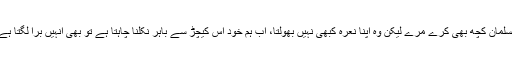
مسلمان کچھ بھی کرے مرے لیکن وہ اپنا نعرہ کبھی نہیں بھولتا، اب ہم خود اس کیچڑ سے باہر نکلنا چاہتا ہے تو بھی انہیں برا لگتا ہے۔